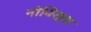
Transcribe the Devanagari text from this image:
नोविस्ता